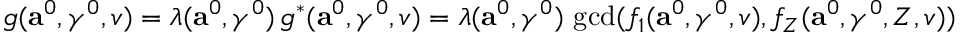
g ( \mathbf { a } ^ { 0 } , \gamma ^ { 0 } , v ) = \lambda ( \mathbf { a } ^ { 0 } , \gamma ^ { 0 } ) \, g ^ { * } ( \mathbf { a } ^ { 0 } , \gamma ^ { 0 } , v ) = \lambda ( \mathbf { a } ^ { 0 } , \gamma ^ { 0 } ) \, \operatorname* { g c d } ( f _ { 1 } ( \mathbf { a } ^ { 0 } , \gamma ^ { 0 } , v ) , f _ { Z } ( \mathbf { a } ^ { 0 } , \gamma ^ { 0 } , Z , v ) )